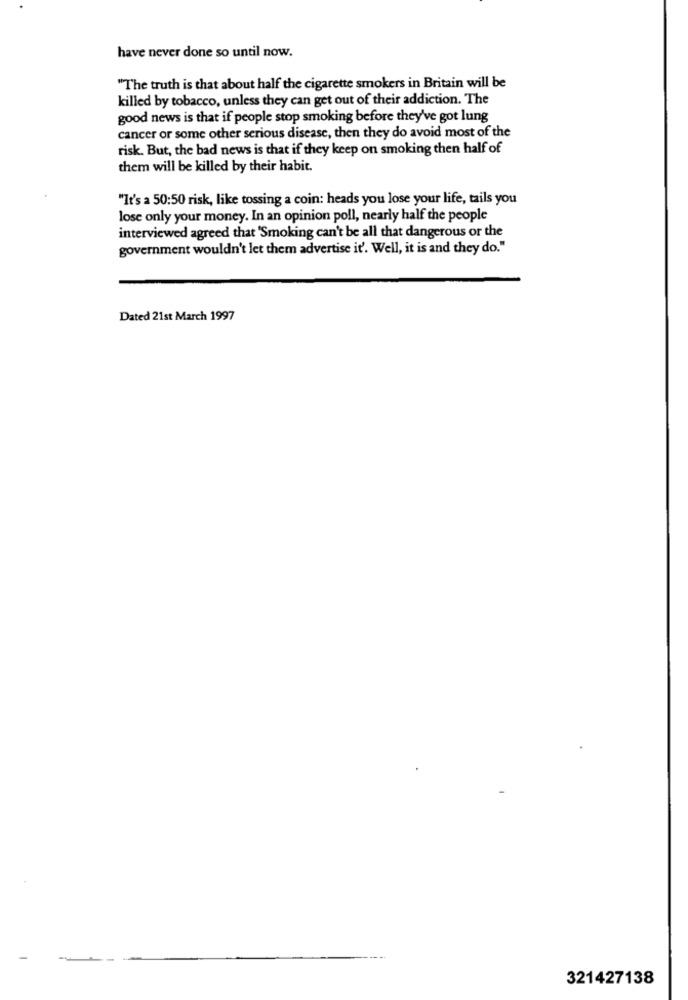
have never done so until now.
"The truth is that about half the cigarette smokers in Britain will be
killed by tobacco, unless they can get out of their addiction. The
good news is that if people stop smoking before they've got lung
cancer or some other serious disease, then they do avoid most of the
risk. But, the bad news is that if they keep on smoking then half of
them will be killed by their habit.
"It's a 50:50 risk, like tossing a coin: heads you lose your life, tails you
lose only your money. In an opinion poll, nearly half the people
interviewed agreed that 'Smoking can't be all that dangerous or the
government wouldn't let them advertise it'. Well, it is and they do."
Dated 21st March 1997
321427138